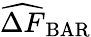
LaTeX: \widehat{\Delta F}_{\mathrm{BAR}}